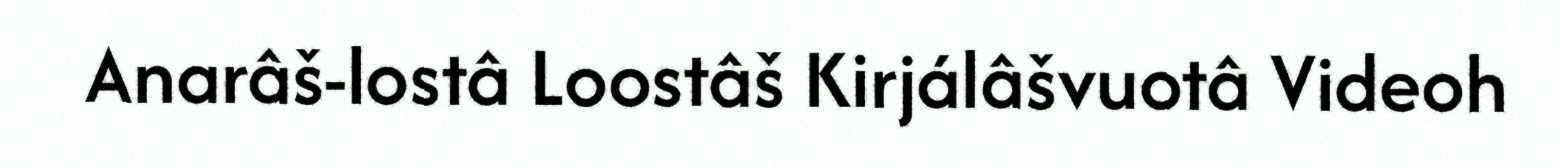
Anarâš-lostâ Loostâš Kirjálâšvuotâ Videoh